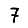
Digit: 7